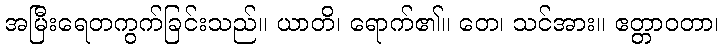
အမြီးရေတကွက်ခြင်းသည်။ ယာတိ၊ ရောက်၏။ တေ၊ သင်အား။ ဧတ္တာဝတာ၊